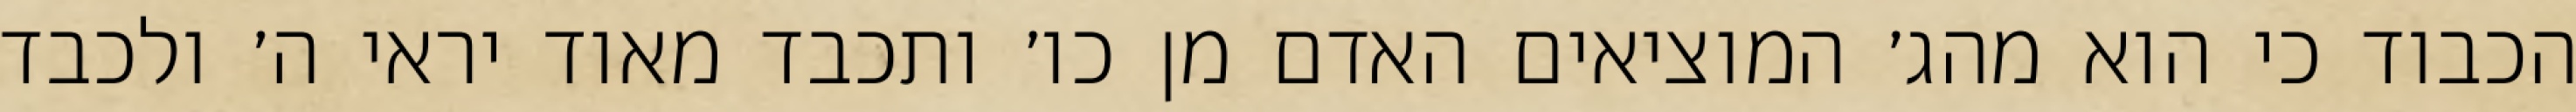
הכבוד כי הוא מהג׳ המוציאים האדם מן כו׳ ותכבד מאוד יראי ה׳ ולכבד